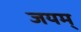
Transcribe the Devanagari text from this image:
जयम्